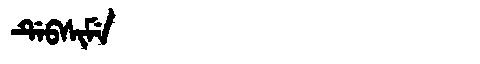
Manchu: ᡩᡝᠪᠰᡳᠮᡝ
Romanization: DEBSIME